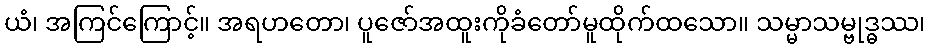
ယံ၊ အကြင်ကြောင့်။ အရဟတော၊ ပူဇော်အထူးကိုခံတော်မူထိုက်ထသော။ သမ္မာသမ္ဗုဒ္ဓဿ၊